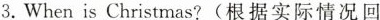
3.When is Christmas?(根据实际情况回